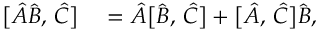
\begin{array} { r l } { \bigl [ \hat { A } \hat { B } , \, \hat { C } \bigr ] } & { { } = \hat { A } \bigl [ \hat { B } , \, \hat { C } \bigr ] + \bigl [ \hat { A } , \, \hat { C } \bigr ] \hat { B } , } \end{array}